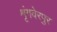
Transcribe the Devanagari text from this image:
शृंगवेरपुर